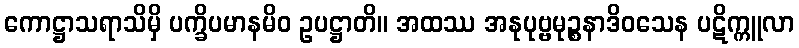
ကောဋ္ဌာသရာသိမှိ ပက္ခိပမာနမိဝ ဥပဋ္ဌာတိ။ အထဿ အနုပုဗ္ဗမုဉ္စနာဒိဝသေန ပဋိက္ကူလာ